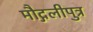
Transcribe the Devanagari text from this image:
मौद्गलीपुत्र